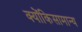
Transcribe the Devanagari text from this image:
क्योंकिसामान्य